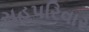
સહપરિવાર